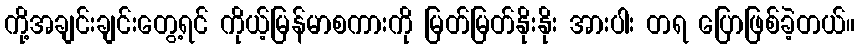
ကို့အချင်းချင်းတွေ့ရင် ကိုယ့်မြန်မာစကားကို မြတ်မြတ်နိုးနိုး အားပါး တရ ပြောဖြစ်ခဲ့တယ်။